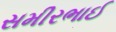
સમીરભાઈ